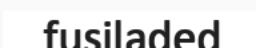
fusiladed